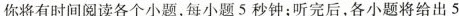
你将有时间阅读各个小题,每小题5秒钟:听完后,各小题将给出5